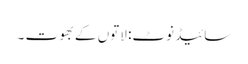
سائیڈ نوٹ: لاتوں کے بھوت ۔